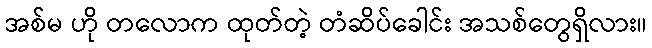
အစ်မ ဟို တလောက ထုတ်တဲ့ တံဆိပ်ခေါင်း အသစ်တွေရှိလား။